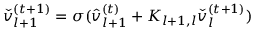
\begin{array} { r } { \check { v } _ { l + 1 } ^ { ( t + 1 ) } = \sigma ( \hat { v } _ { l + 1 } ^ { ( t ) } + K _ { l + 1 , l } \check { v } _ { l } ^ { ( t + 1 ) } ) } \end{array}